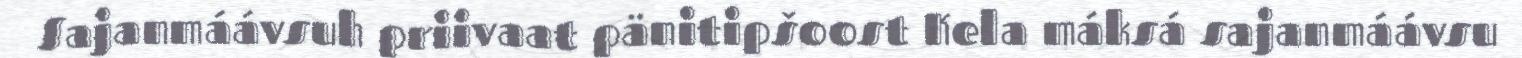
Sajanmáávsuh priivaat pänitipšoost Kela máksá sajanmáávsu